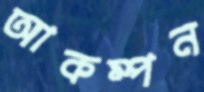
আকম্পন